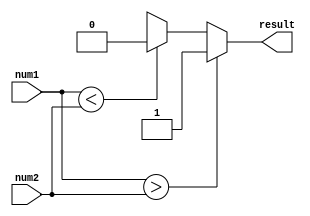
module signed_comparator (
    input signed [7:0] num1,
    input signed [7:0] num2,
    output reg result
);

always @(*) begin
    if (num1 > num2) begin
        result = 1'b1; // num1 is greater than num2
    end else if (num1 < num2) begin
        result = 1'b0; // num1 is less than num2
    end else begin
        result = 1'bx; // num1 is equal to num2
    end
end

endmodule